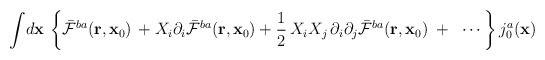
\begin{align*}{\int}d{\bf x}\,\left\{{\bar {\cal F}}^{ba}({\bf r},{\bf x}_0)\,+X_i\partial_i{\bar {\cal F}}^{ba}({\bf r},{\bf x}_0)+\frac{1}{2}\,X_iX_j\,\partial_i\partial_j{\bar {\cal F}}^{ba}({\bf r},{\bf x}_0)\;+\;\;\cdots\right\}{j}_0^a({\bf x})\end{align*}